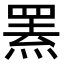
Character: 罴